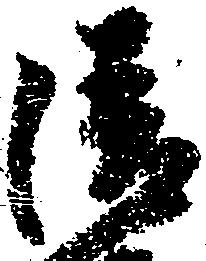
清